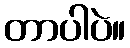
တာပါပဲ။